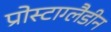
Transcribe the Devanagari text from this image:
प्रोस्टाग्लैडीन